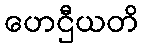
ဟေဌီယတိ